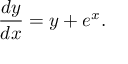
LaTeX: { \frac { d y } { d x } } = y + e ^ { x } .